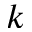
k